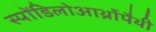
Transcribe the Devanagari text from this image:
स्पोंडिलोआर्थ्रोपैथी